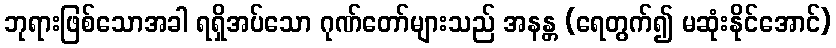
ဘုရားဖြစ်သောအခါ ရရှိအပ်သော ဂုဏ်တော်များသည် အနန္တ (ရေတွက်၍ မဆုံးနိုင်အောင်)